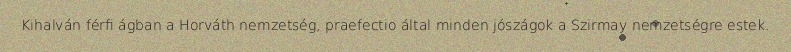
Kihalván férfi ágban a Horváth nemzetség, praefectio által minden jószágok a Szirmay nemzetségre estek.